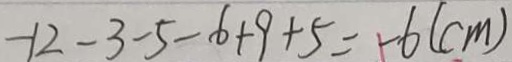
- 1 2 - 3 - 5 - 6 + 9 + 5 = - 6 ( c m )